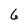
Character: 6